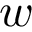
w